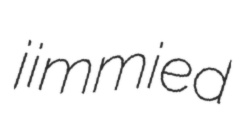
jimmied